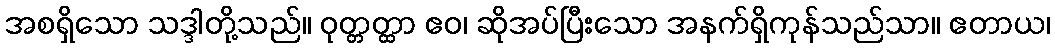
အစရှိသော သဒ္ဒါတို့သည်။ ဝုတ္တတ္ထာ ဧဝ၊ ဆိုအပ်ပြီးသော အနက်ရှိကုန်သည်သာ။ ဧတာယ၊